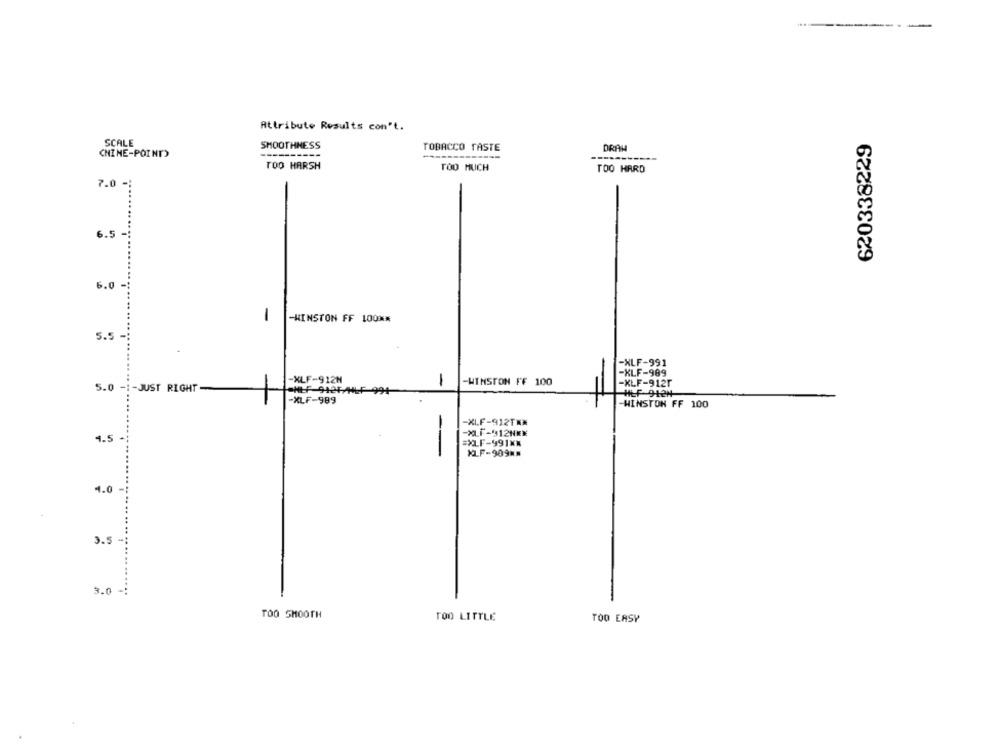
--------
Attribute Results con't.
620338229
SCALE
SMOOTHNESS
TOBACCO TASTE
DRAH
CHINE-POINT)
TOO HARSH
TOO MUCH
TOO HARD
7.0 -
6.5 -:
6.0
-
-WINSTON FF LOON#
5.5
-XLF-991
-XLF-989
-XLF-912N
1
-WINSTON FF 100
-XLF-9121
5.0 -1-JUST RIGHT-
HEF 912H
-XLF-989
WINSTON FF 100
-XLF-912T **
-MLF-912NEX
4.5
=XLF-991XX
--
KLF-909MM
4.0 -
3.5
3.0
TOO SMOOTH
TOO LITTLE
TOO EASY